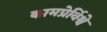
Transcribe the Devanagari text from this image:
कामप्रेर्विश्वे